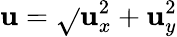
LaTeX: \mathbf{u}=\sqrt{}{{\mathbf{u}_{x}^{2}+\mathbf{u}_{y}^{2}}}